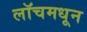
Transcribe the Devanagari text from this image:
लॉचमधून